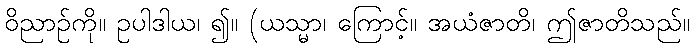
ဝိညာဉ်ကို။ ဥပါဒါယ၊ ၍။ (ယသ္မာ၊ ကြောင့်။ အယံဇာတိ၊ ဤဇာတိသည်။